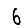
Digit: 6